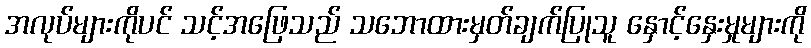
အလုပ်များကိုပင် သင့်အဖြေသည် သဘောထားမှတ်ချက်ပြုသူ နှောင့်နှေးမှုများကို